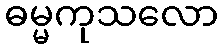
ဓမ္မကုသလော